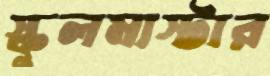
স্কুলমাস্টার